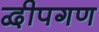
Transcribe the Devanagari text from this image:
द्वीपगण